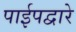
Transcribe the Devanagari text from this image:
पाईपद्वारे